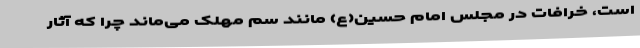
است، خرافات در مجلس امام حسین(ع) مانند سم مهلک می‌ماند چرا که آثار